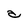
Character: a